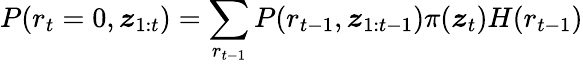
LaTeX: P(r_{t}=0,\boldsymbol{z}_{1:t})=\sum_{r_{t-1}}P(r_{t-1},\boldsymbol{z}_{1:t-1})\pi(\boldsymbol{z}_{t})H(r_{t-1})